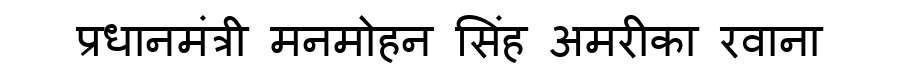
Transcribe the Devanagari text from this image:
प्रधानमंत्री मनमोहन सिंह अमरीका रवाना